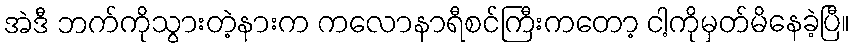
အဲဒီ ဘက်ကိုသွားတဲ့နားက ကလောနာရီစင်ကြီးကတော့ ငါ့ကိုမှတ်မိနေခဲ့ပြီ။